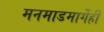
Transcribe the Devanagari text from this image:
मनमाडमार्गेही